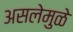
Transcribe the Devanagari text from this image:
असलेमुळे